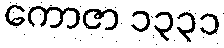
ကောဇာ ၁၃၃၁